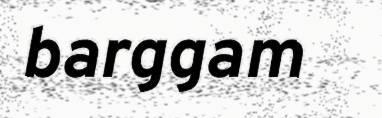
barggam